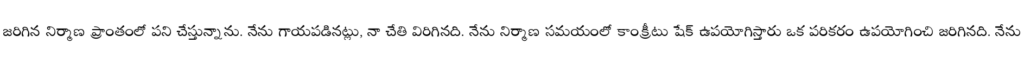
జరిగిన నిర్మాణ ప్రాంతంలో పని చేస్తున్నాను. నేను గాయపడినట్లు, నా చేతి విరిగినది. నేను నిర్మాణ సమయంలో కాంక్రీటు షేక్ ఉపయోగిస్తారు ఒక పరికరం ఉపయోగించి జరిగినది. నేను